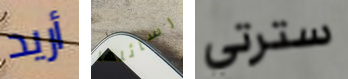
أريد رسائلها سترتي